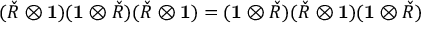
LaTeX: ( { \check { R } } \otimes \mathbf { 1 } ) ( \mathbf { 1 } \otimes { \check { R } } ) ( { \check { R } } \otimes \mathbf { 1 } ) = ( \mathbf { 1 } \otimes { \check { R } } ) ( { \check { R } } \otimes \mathbf { 1 } ) ( \mathbf { 1 } \otimes { \check { R } } )